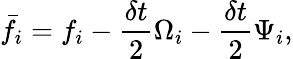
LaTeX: \bar{f}_{i}=f_{i}-\frac{\delta t}{2}\Omega_{i}-\frac{\delta t}{2}\Psi_{i},